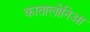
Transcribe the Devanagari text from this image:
कातालोनिआ